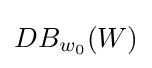
DB_{w_{0}}(W)